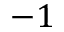
- 1